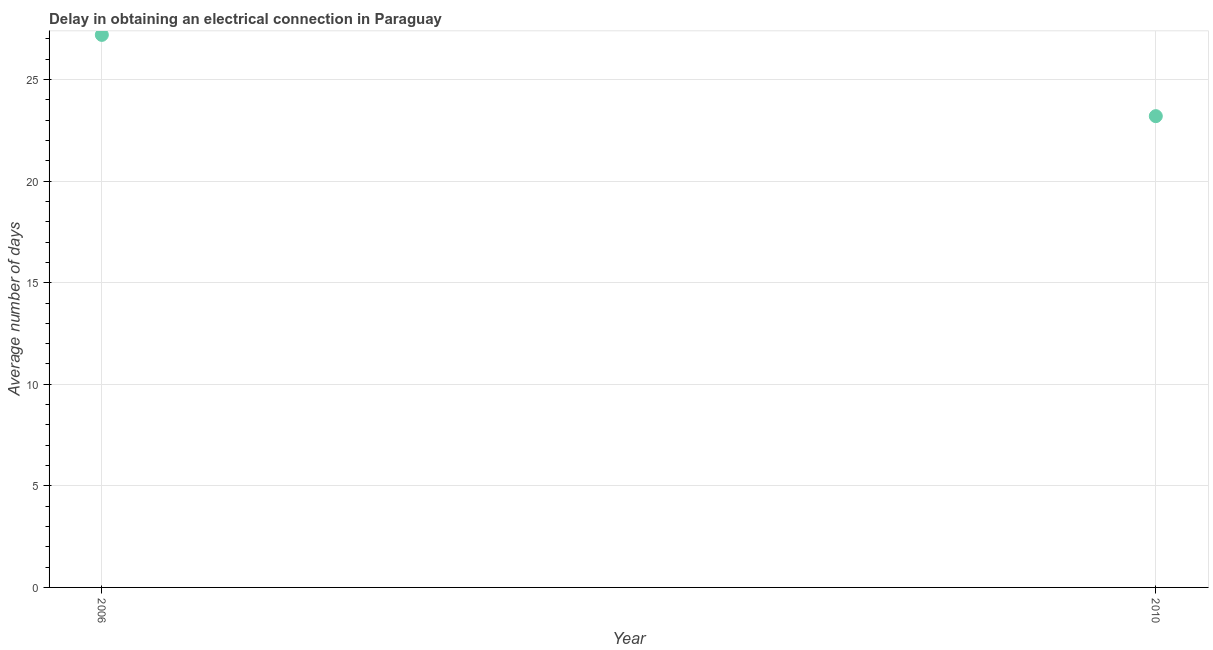
| Year | Dalay in Electrical connection |
 | --- | --- |
 | 2006 | 27.2 |
 | 2010 | 23.2 |